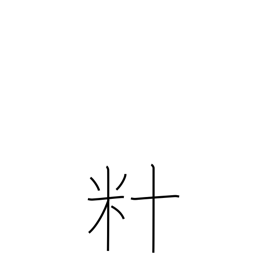
Meaning: dekametre